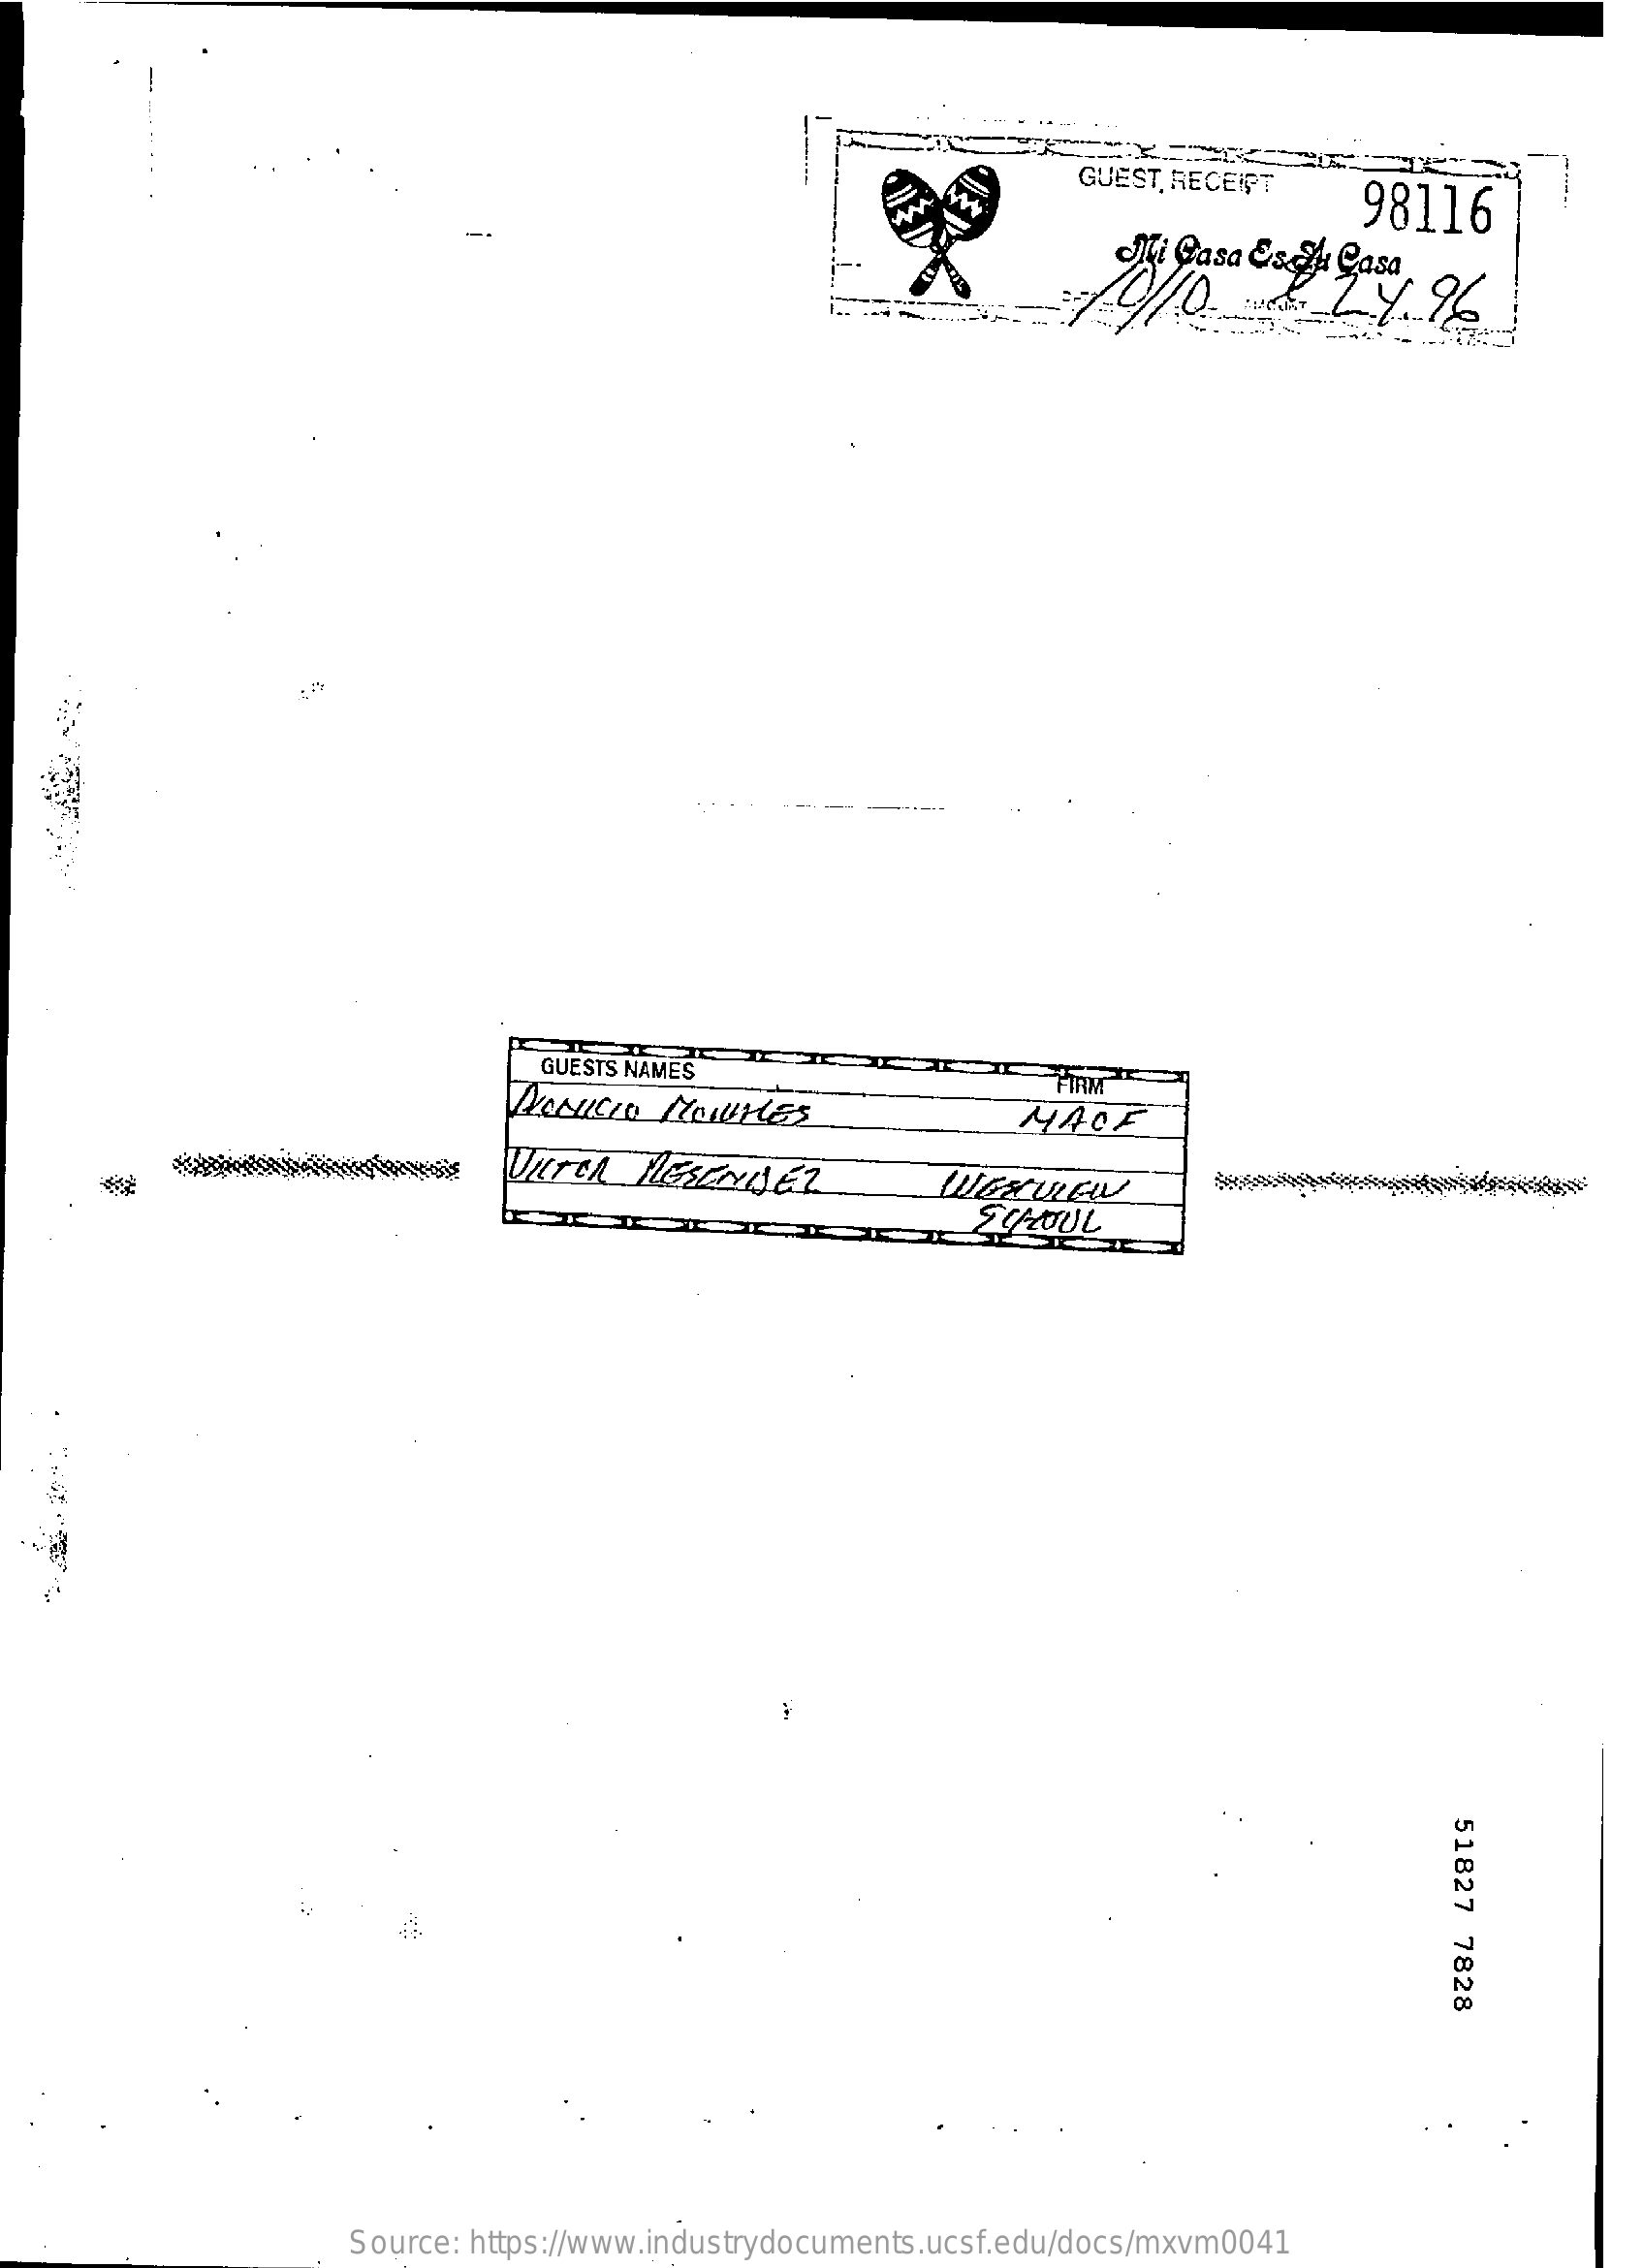
GUEST, RECEIPT
     98116
     Mi  Casa Essu Casa 24.96
     GUESTS NAMES    FIRM"
     HACE
     2COUL
     51827
     7828
     Source: https://www.industrydocuments.ucsf.edu/docs/mxvm0041